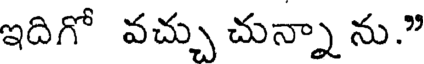
ఇదిగో వచ్చు చున్నా ను.